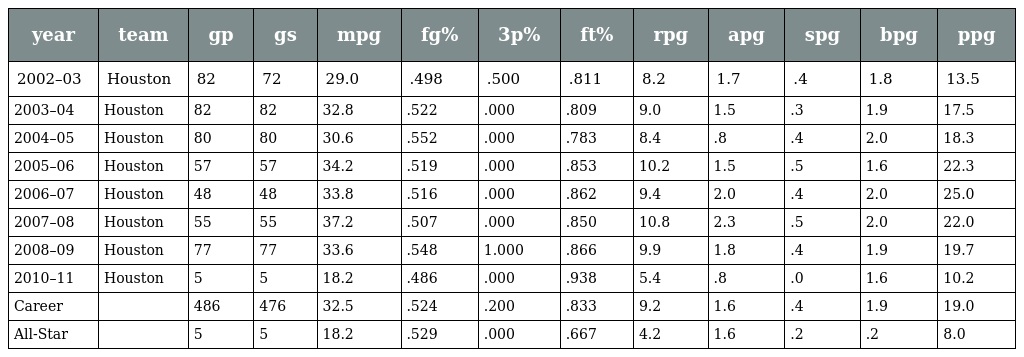
| year | team | gp | gs | mpg | fg% | 3p% | ft% | rpg | apg | spg | bpg | ppg |
 | --- | --- | --- | --- | --- | --- | --- | --- | --- | --- | --- | --- | --- |
 | 2002–03 | Houston | 82 | 72 | 29.0 | .498 | .500 | .811 | 8.2 | 1.7 | .4 | 1.8 | 13.5 |
 | 2003–04 | Houston | 82 | 82 | 32.8 | .522 | .000 | .809 | 9.0 | 1.5 | .3 | 1.9 | 17.5 |
 | 2004–05 | Houston | 80 | 80 | 30.6 | .552 | .000 | .783 | 8.4 | .8 | .4 | 2.0 | 18.3 |
 | 2005–06 | Houston | 57 | 57 | 34.2 | .519 | .000 | .853 | 10.2 | 1.5 | .5 | 1.6 | 22.3 |
 | 2006–07 | Houston | 48 | 48 | 33.8 | .516 | .000 | .862 | 9.4 | 2.0 | .4 | 2.0 | 25.0 |
 | 2007–08 | Houston | 55 | 55 | 37.2 | .507 | .000 | .850 | 10.8 | 2.3 | .5 | 2.0 | 22.0 |
 | 2008–09 | Houston | 77 | 77 | 33.6 | .548 | 1.000 | .866 | 9.9 | 1.8 | .4 | 1.9 | 19.7 |
 | 2010–11 | Houston | 5 | 5 | 18.2 | .486 | .000 | .938 | 5.4 | .8 | .0 | 1.6 | 10.2 |
 | Career |  | 486 | 476 | 32.5 | .524 | .200 | .833 | 9.2 | 1.6 | .4 | 1.9 | 19.0 |
 | All-Star |  | 5 | 5 | 18.2 | .529 | .000 | .667 | 4.2 | 1.6 | .2 | .2 | 8.0 |